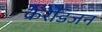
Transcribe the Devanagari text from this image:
केरेडिजन